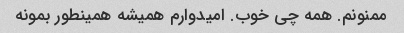
ممنونم. همه چی خوب. امیدوارم همیشه همینطور بمونه